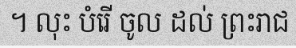
។ លុះ បំរើ ចូល ដល់ ព្រះរាជ